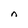
Character: n